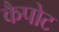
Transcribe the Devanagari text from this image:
कैपोट